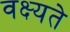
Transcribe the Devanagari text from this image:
वक्ष्यते